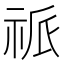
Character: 𥙎